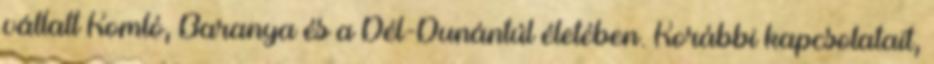
vállalt Komló, Baranya és a Dél-Dunántúl életében. Korábbi kapcsolatait,